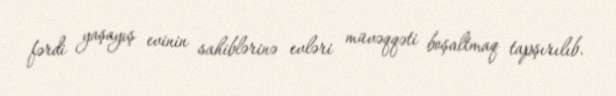
fərdi yaşayış evinin sahiblərinə evləri müvəqqəti boşaltmaq tapşırılıb.